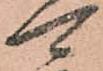
可